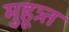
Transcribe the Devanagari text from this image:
मुहूत्र्त